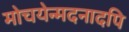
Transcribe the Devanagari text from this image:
मोचयेन्मदनादपि